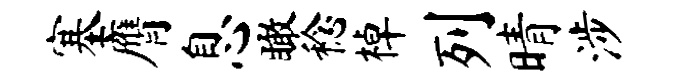
塞膺息瞰稔棹列晴涉